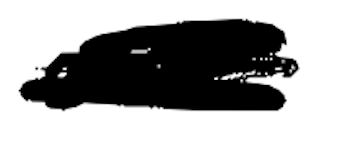
Text: are
Cross-out: mix
Writing tool: digital_black